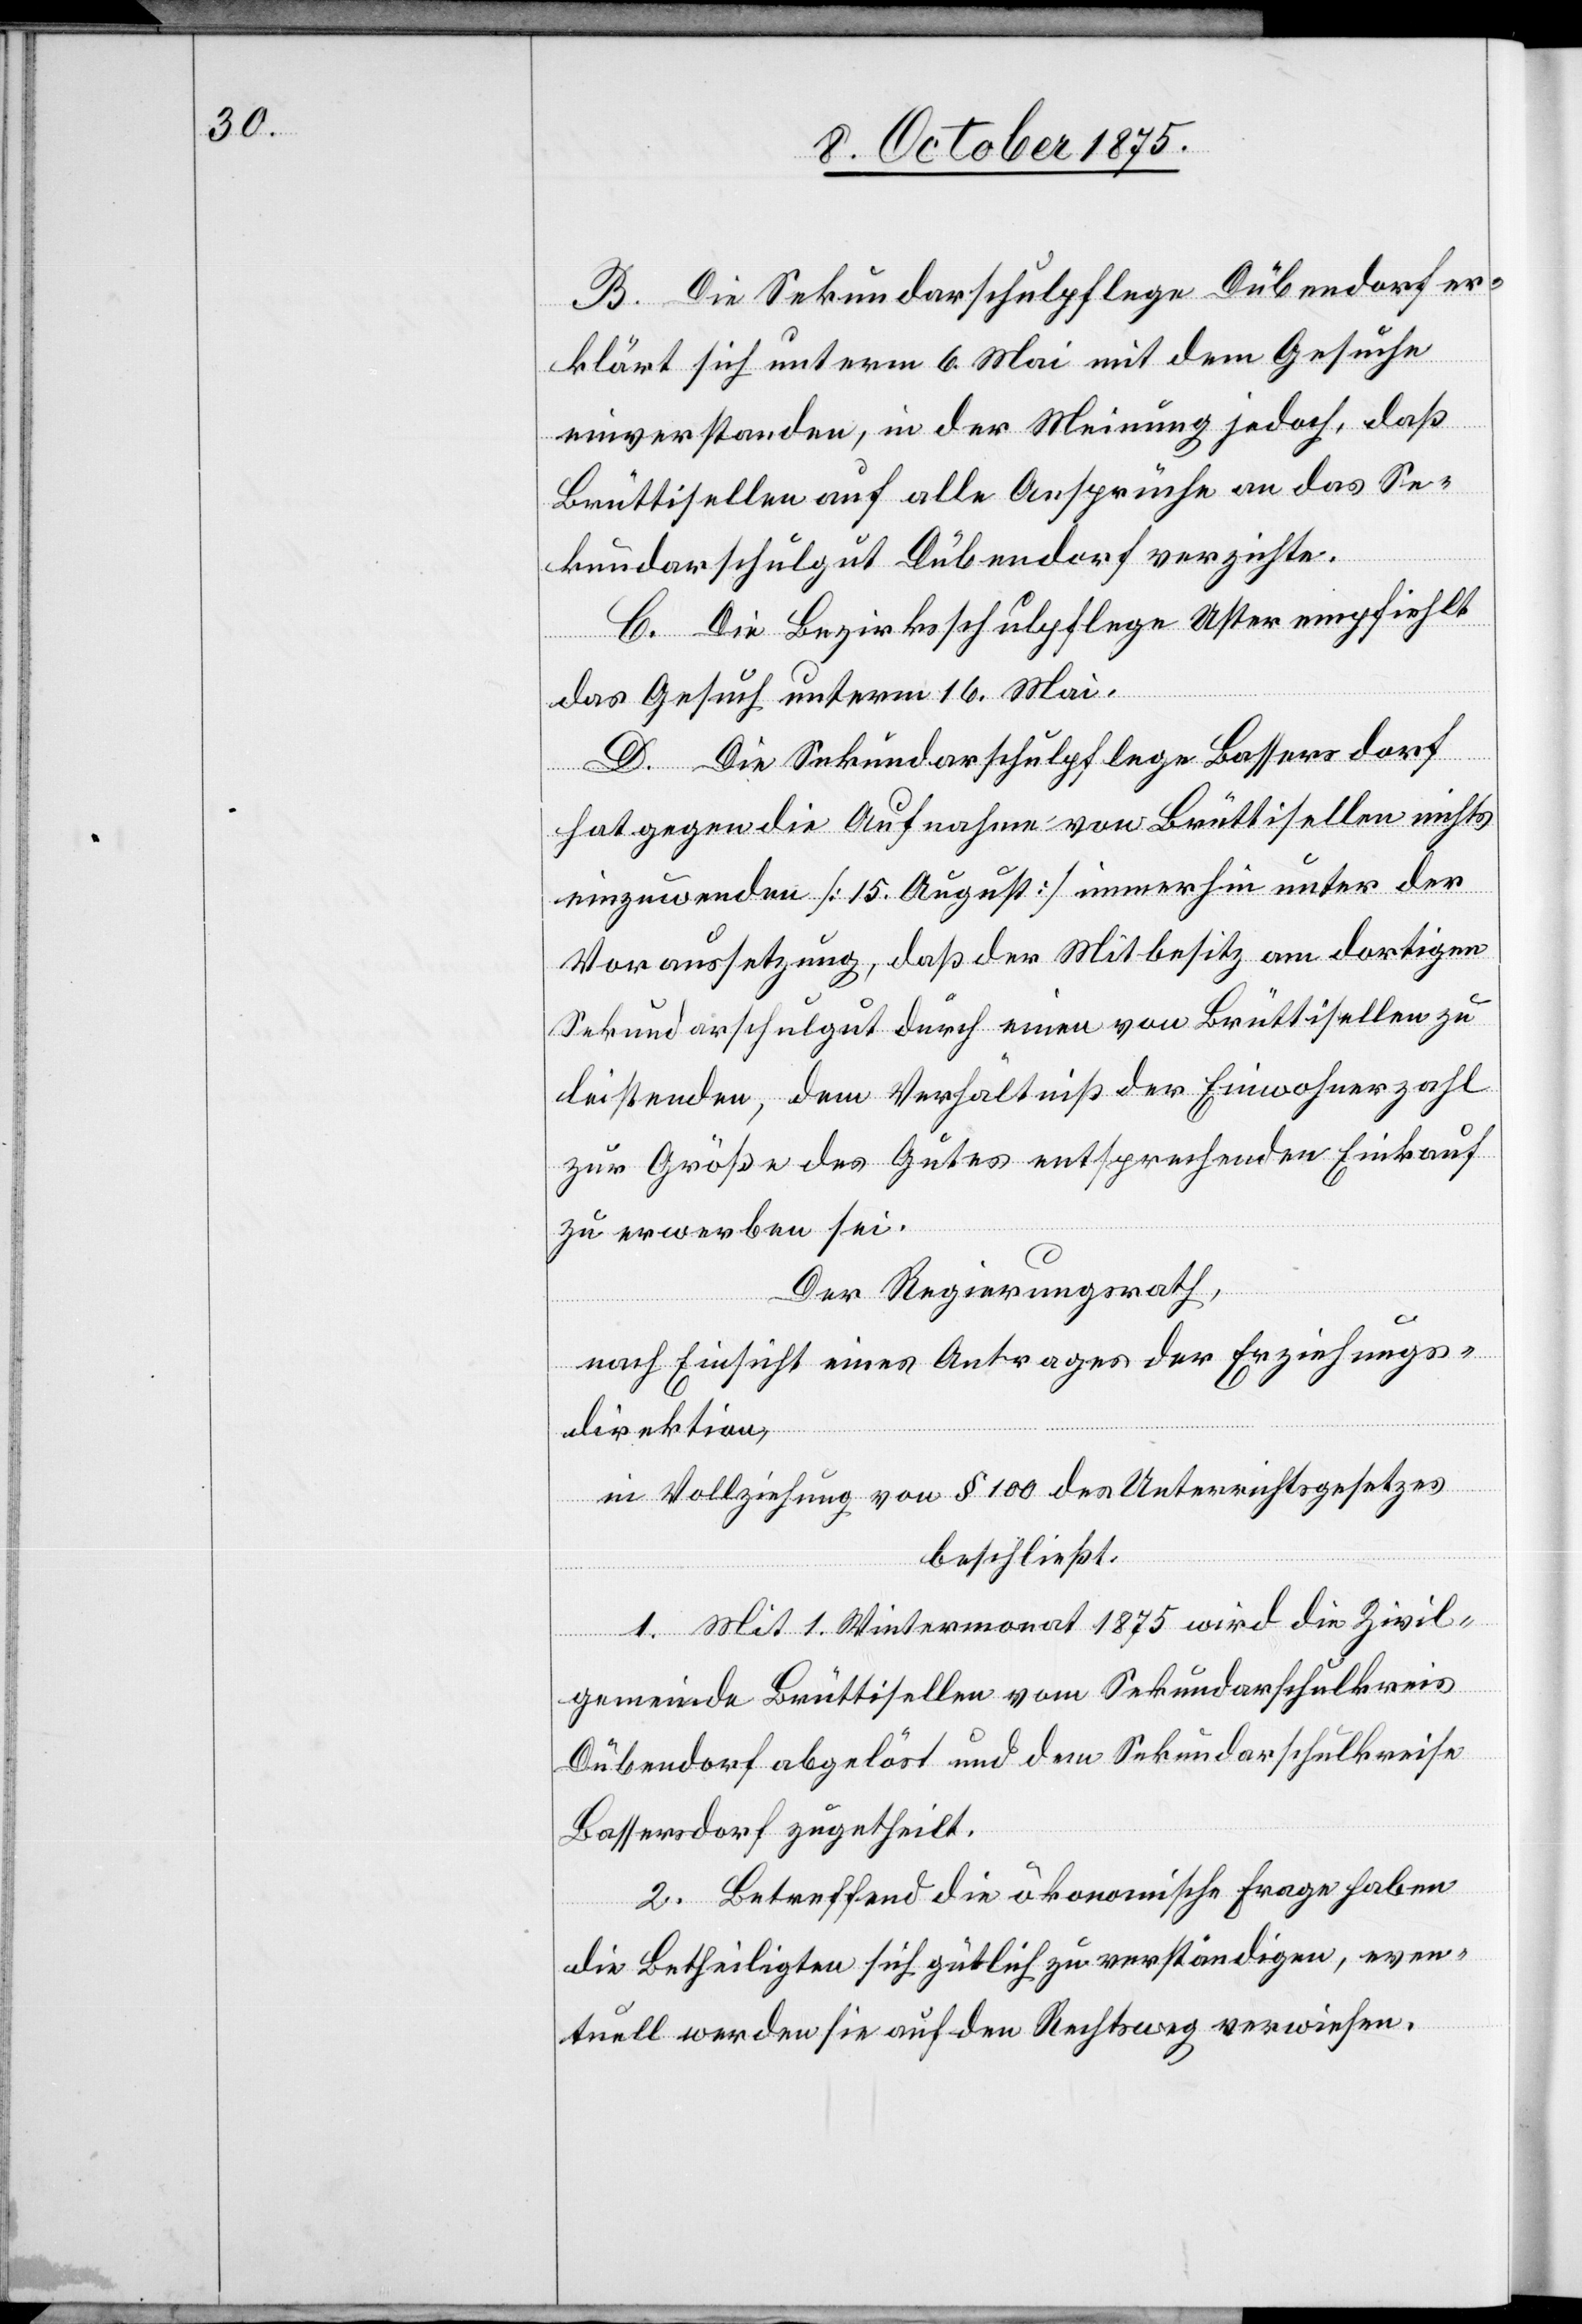
B. Die Sekundaschulpflege Dübendorf er¬
klärt sich unterm 6. Mai mit dem Gesuche
einverstanden, in der Meinung jedoch, daß
Brüttisellen auf alle Ansprüche an das Se¬
kundarschulgut Dübendorf verzichte.
C. Die Bezirksschulpflege Uster empfiehlt
das Gesuch unterm 16. Mai.
D. Die Sekundaschulpflege Bassersdorf
hat gegen die Aufnahme von Brüttisellen nichts
einzuwenden [15. August] immerhin unter der
Voraussetzung, daß der Mitbesitz am dortigen
Sekundarschulgut durch einen von Brüttisellen zu
leistenden, dem Verhältniß der Einwohnerzahl
zur Größe des Gutes entsprechenden Einkauf
zu erwerben sei.
Der Regierungsrath,
nach Einsicht eines Antrages der Erziehungs¬
direktion,
beschließt:
1. Mit 1. Wintermonat 1875 wird die Zivil¬
gemeinde Brüttisellen vom Sekundarschulkreis
Dübendorf abgelöst und dem Sekundarschulkreise
Bassersdorf zugetheilt.
2. Betreffend die ökonomische Frage haben
die Betheiligten sich gütlich zu verständigen, even¬
tuell werden sie auf den Rechtsweg verwiesen.